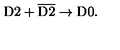
\mathrm { D } 2 + \overline { { \mathrm { D } 2 } } \rightarrow \mathrm { D } 0 .